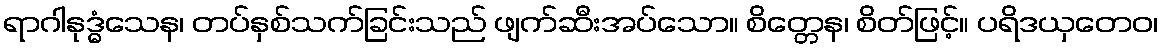
ရာဂါနုဒ္ဓံသေန၊ တပ်နှစ်သက်ခြင်းသည် ဖျက်ဆီးအပ်သော။ စိတ္တေန၊ စိတ်ဖြင့်။ ပရိဒယှတေဝ၊